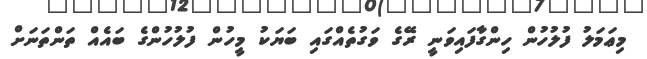
މިޢަމަލު ފުލުހުން ހިންގާފައިވަނީ ރޭގެ ވަގުތެއްގައި ބަޔަކު މީހުން ފުލުހުންގެ ބައެއް ތަންތަނަށް